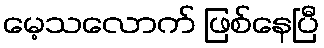
မေ့သလောက် ဖြစ်နေပြီ